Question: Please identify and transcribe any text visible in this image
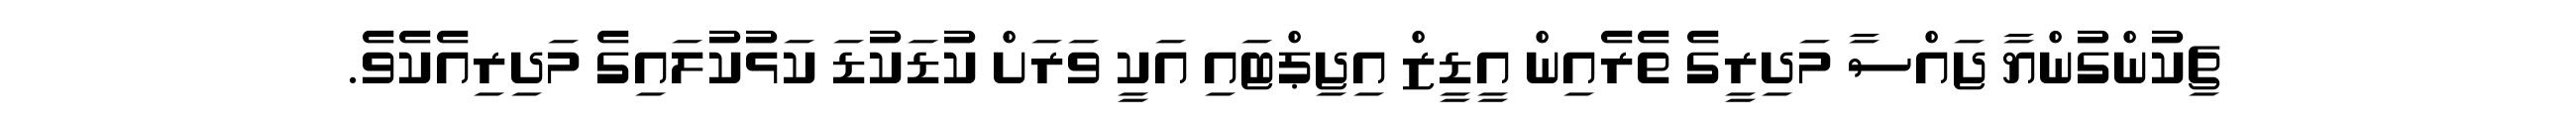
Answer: ޗިކުންގުންޔާ ޖައްސާ މަދިރީގެ ތެރެއިން އީޑީޒް އިޖިޕްޓައި އަކީ ވަރަށް ކުޑަކުޑަ ކަޅުކުލައިގެ މަދިރިއެކެވެ.